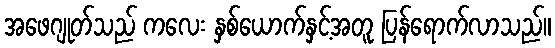
အဖေဂျုတ်သည် ကလေး နှစ်ယောက်နှင့်အတူ ပြန်ရောက်လာသည်။